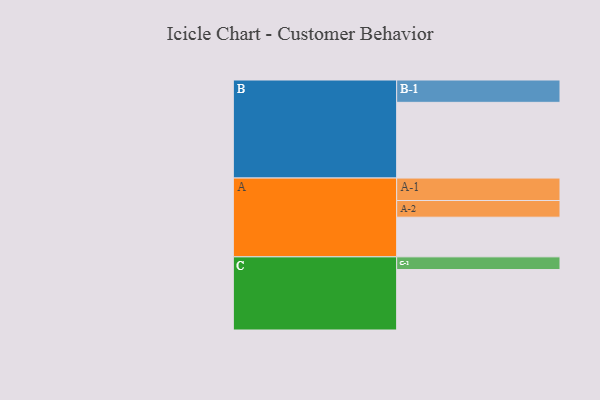
{"axis": {"x": "Segment", "y": "Value"}, "legend": ["", "A", "B", "C"], "data": [{"x": "A", "y": 309, "type": ""}, {"x": "B", "y": 590, "type": ""}, {"x": "C", "y": 471, "type": ""}, {"x": "A-1", "y": 175, "type": "A"}, {"x": "A-2", "y": 130, "type": "A"}, {"x": "B-1", "y": 174, "type": "B"}, {"x": "C-1", "y": 99, "type": "C"}]}